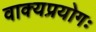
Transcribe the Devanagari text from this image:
वाक्यप्रयोगः